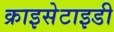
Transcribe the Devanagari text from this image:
क्राइसेटाइडी